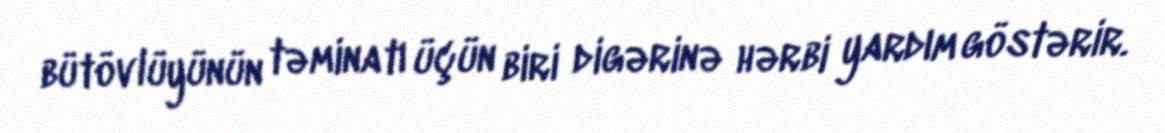
bütövlüyünün təminatı üçün biri digərinə hərbi yardım göstərir.